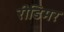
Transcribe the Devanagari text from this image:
रीडिमर